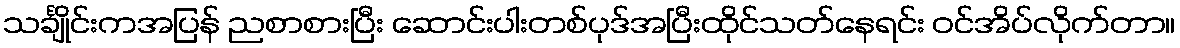
သင်္ချိုင်းကအပြန် ညစာစားပြီး ဆောင်းပါးတစ်ပုဒ်အပြီးထိုင်သတ်နေရင်း ဝင်အိပ်လိုက်တာ။